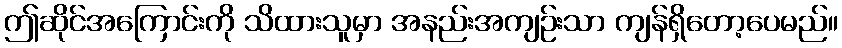
ဤဆိုင်အကြောင်းကို သိထားသူမှာ အနည်းအကျဉ်းသာ ကျန်ရှိတော့ပေမည်။